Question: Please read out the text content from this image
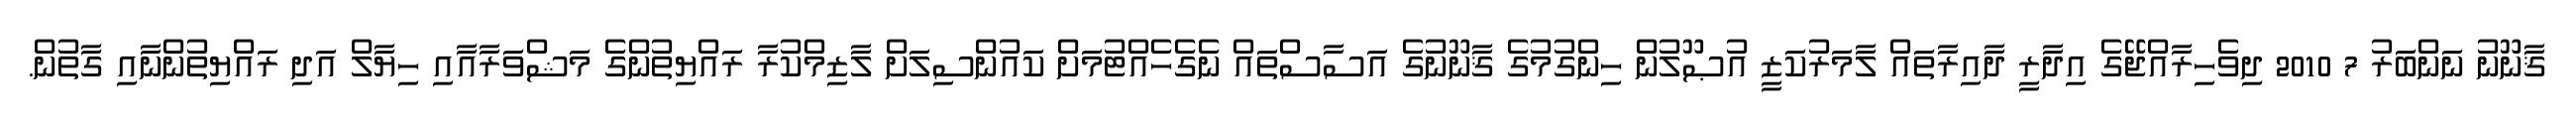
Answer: ޤާނޫނު ނަންބަރު 7 2010 ދިވެހިރާއްޖޭގެ އިދާރީ ދާއިރާތައް ލާމަރުކަޒީ އުޞޫލުން ހިންގުމުގެ ޤާނޫނުގެ އަސާސްތައް ނެގެހެއްޓުމަށް ކައުންސިލަށް ލާޒިމްކުރާ ރައްޔިތުންގެ މަޝްވަރާއާއި ހިޔާލް އަދި ރައްޔިތުންނާއި ގާތުން.